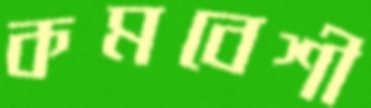
কমবেশী